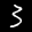
Label: 3